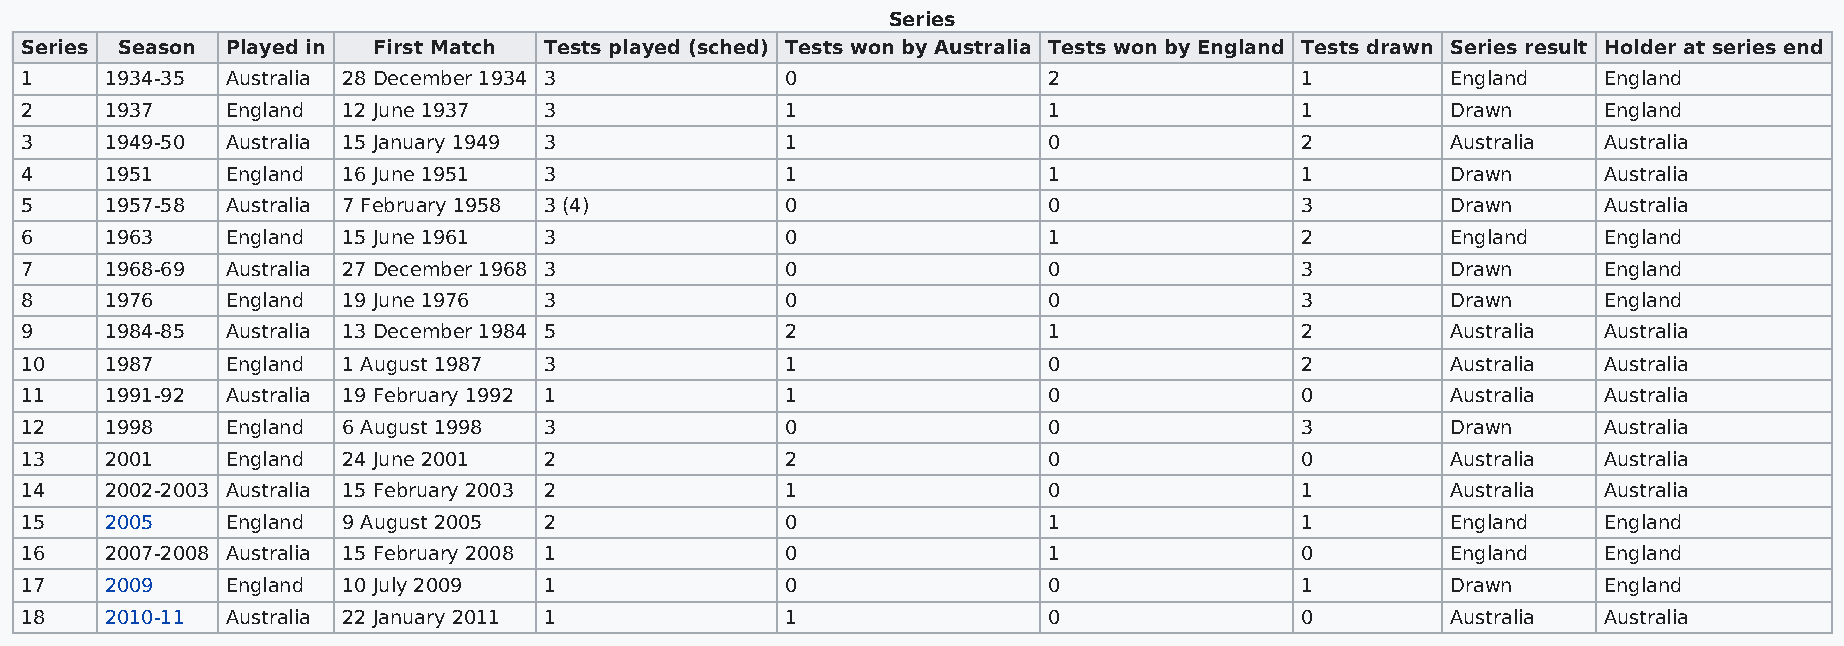
Series
 Series Season Played in First Match Tests played (sched) Tests won by Australia Tests won by England Tests drawn Series result Holder at series end
 1     1934-35 Australia 28 December 1934 3         0                2                1         England   England
 2     1937    England 12 June 1937 3               1                1                1         Drawn     England
 3     1949-50 Australia 15 January 1949 3          1                0                2         Australia Australia
 4     1951    England 16 June 1951 3               1                1                1         Drawn     Australia
 5     1957-58 Australia 7 February 1958 3 (4)      0                0                3         Drawn     Australia
 6     1963    England 15 June 1961 3               0                1                2         England   England
 7     1968-69 Australia 27 December 1968 3         0                0                3         Drawn     England
 8     1976    England 19 June 1976 3               0                0                3         Drawn     England
 9     1984-85 Australia 13 December 1984 5         2                1                2         Australia Australia
 10    1987    England 1 August 1987 3              1                0                2         Australia Australia
 11    1991-92 Australia 19 February 1992 1         1                0                0         Australia Australia
 12    1998    England 6 August 1998 3              0                0                3         Drawn     Australia
 13    2001    England 24 June 2001 2               2                0                0         Australia Australia
 14    2002-2003 Australia 15 February 2003 2       1                0                1         Australia Australia
 15    2005    England 9 August 2005 2              0                1                1         England   England
 16    2007-2008 Australia 15 February 2008 1       0                1                0         England   England
 17    2009    England 10 July 2009 1               0                0                1         Drawn     England
 18    2010-11 Australia 22 January 2011 1          1                0                0         Australia Australia